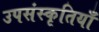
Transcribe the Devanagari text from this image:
उपसंस्कृतियाँ